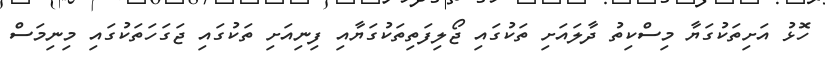
ހޮަޅު އަށިތަކުގަޔާ މިސްކިތު ދާލަައަށި ތަކުގައި ޖޯލިފަތިތަކުގަޔާއި ފިނިއަށި ތަކުގައި ޖަގަހަތަކުގައި މިނިމަސް